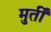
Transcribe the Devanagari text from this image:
मुर्तीं